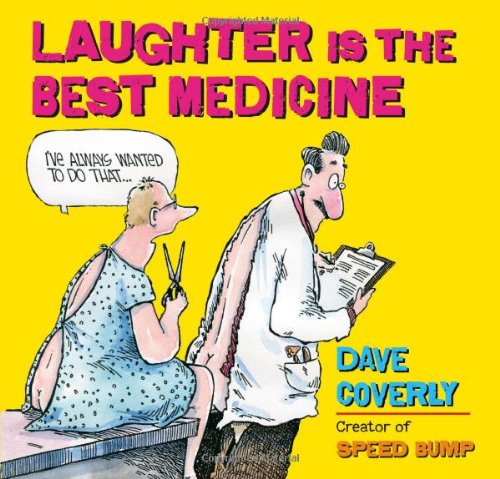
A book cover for Laughter is the Best Medicine; Dave Coverly; Humor & Entertainment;